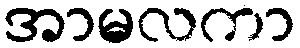
အာမလကာ